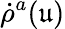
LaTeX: \dot{\rho}^{a}(\mathfrak{u})